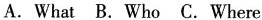
A.What B.Who C.Where